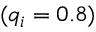
( q _ { i } = 0 . 8 )